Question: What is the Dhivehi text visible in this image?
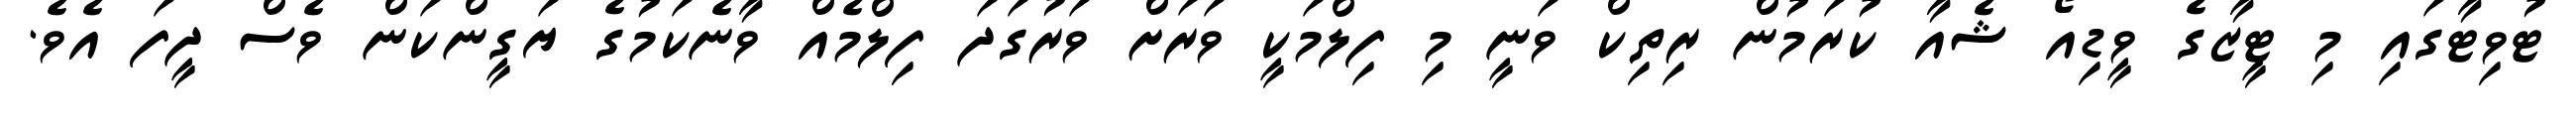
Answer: ޓުވިޓާގައި މި ޓީޒާގެ ވީޑިއޯ ޝެއާ ކުރަމުން ރިތިކް ވަނީ މި ފިލްމަކީ ވަރަށް ވަރުގަދަ ފިލްމެއް ވާނެކަމުގެ ޔަގީންކަން ވެސް ދީފަ އެވެ.